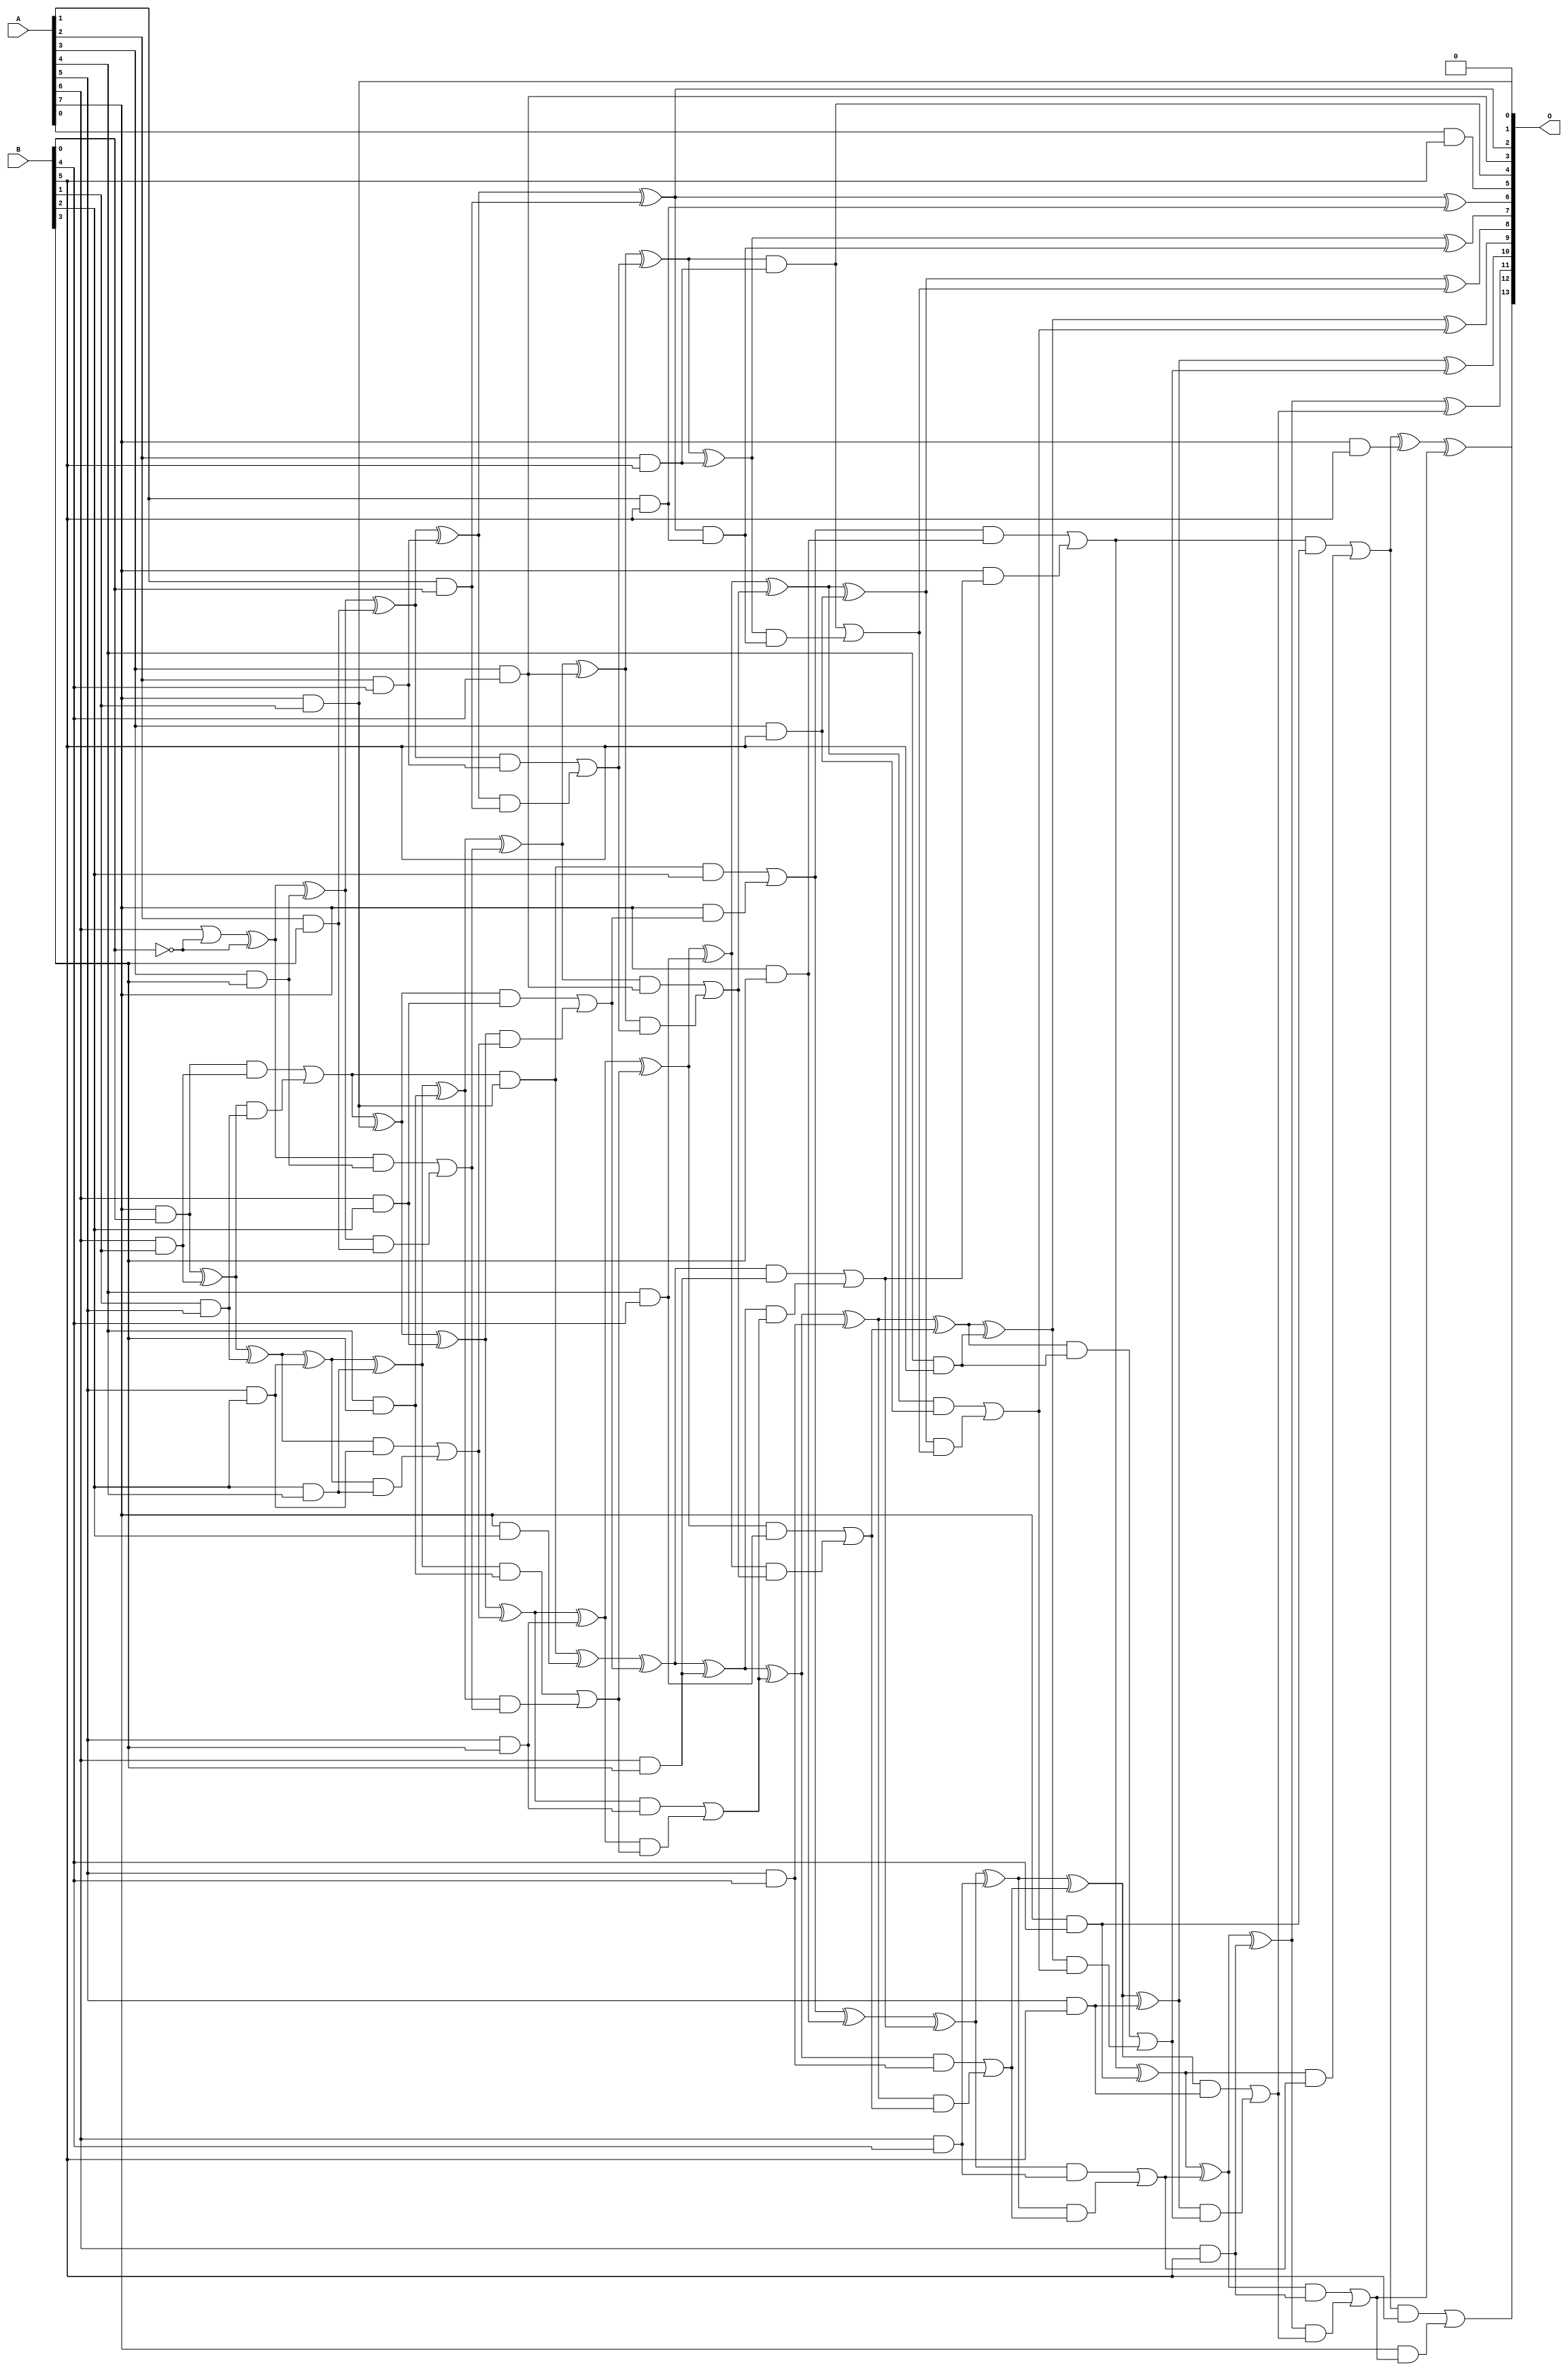
/***
* This code is a part of EvoApproxLib library (ehw.fit.vutbr.cz/approxlib) distributed under The MIT License.
* When used, please cite the following article(s): V. Mrazek, L. Sekanina, Z. Vasicek "Libraries of Approximate Circuits: Automated Design and Application in CNN Accelerators" IEEE Journal on Emerging and Selected Topics in Circuits and Systems, Vol 10, No 4, 2020 
* This file contains a circuit from a sub-set of pareto optimal circuits with respect to the pwr and mae parameters
***/
// MAE% = 0.19 %
// MAE = 32 
// WCE% = 0.77 %
// WCE = 126 
// WCRE% = 3300.00 %
// EP% = 94.54 %
// MRE% = 5.22 %
// MSE = 1597 
// PDK45_PWR = 0.161 mW
// PDK45_AREA = 331.3 um2
// PDK45_DELAY = 1.07 ns

module mul8x6u_5MD (
    A,
    B,
    O
);

input [7:0] A;
input [5:0] B;
output [13:0] O;

wire sig_21,sig_28,sig_29,sig_54,sig_57,sig_58,sig_59,sig_60,sig_61,sig_62,sig_63,sig_68,sig_69,sig_70,sig_71,sig_77,sig_89,sig_92,sig_94,sig_95;
wire sig_96,sig_97,sig_98,sig_99,sig_100,sig_101,sig_102,sig_103,sig_104,sig_105,sig_106,sig_107,sig_108,sig_112,sig_113,sig_114,sig_115,sig_116,sig_126,sig_129;
wire sig_130,sig_131,sig_132,sig_133,sig_134,sig_135,sig_136,sig_137,sig_138,sig_139,sig_140,sig_141,sig_142,sig_143,sig_144,sig_145,sig_146,sig_147,sig_148,sig_149;
wire sig_150,sig_151,sig_152,sig_153,sig_155,sig_156,sig_157,sig_158,sig_159,sig_160,sig_161,sig_169,sig_170,sig_171,sig_172,sig_173,sig_174,sig_175,sig_176,sig_177;
wire sig_178,sig_179,sig_180,sig_181,sig_182,sig_183,sig_184,sig_185,sig_186,sig_187,sig_188,sig_189,sig_190,sig_191,sig_192,sig_193,sig_194,sig_195,sig_196,sig_197;
wire sig_198,sig_199,sig_200,sig_201,sig_202,sig_203,sig_204,sig_205,sig_206,sig_209,sig_210,sig_212,sig_214,sig_215,sig_216,sig_217,sig_218,sig_219,sig_220,sig_221;
wire sig_222,sig_223,sig_224,sig_225,sig_226,sig_227,sig_228,sig_229,sig_230,sig_231,sig_232,sig_233,sig_234,sig_235,sig_236,sig_237,sig_238,sig_240,sig_241,sig_242;
wire sig_243;

assign sig_21 = A[7] & B[0];
assign sig_28 = A[6] & B[1];
assign sig_29 = A[7] & B[1];
assign sig_54 = B[1] & A[5];
assign sig_57 = sig_21 ^ sig_28;
assign sig_58 = sig_21 & sig_28;
assign sig_59 = sig_57 & sig_54;
assign sig_60 = sig_57 ^ sig_54;
assign sig_61 = sig_58 | sig_59;
assign sig_62 = sig_61 & sig_29;
assign sig_63 = sig_61 ^ sig_29;
assign sig_68 = ~B[0];
assign sig_69 = A[5] & B[2];
assign sig_70 = A[6] & B[2];
assign sig_71 = A[7] & B[2];
assign sig_77 = B[2] & A[4];
assign sig_89 = A[6] | sig_68;
assign sig_92 = sig_89 ^ sig_68;
assign sig_94 = sig_60 ^ sig_69;
assign sig_95 = sig_60 & sig_69;
assign sig_96 = sig_94 & sig_77;
assign sig_97 = sig_94 ^ sig_77;
assign sig_98 = sig_95 | sig_96;
assign sig_99 = sig_63 ^ sig_70;
assign sig_100 = sig_63 & sig_70;
assign sig_101 = sig_99 & sig_98;
assign sig_102 = sig_99 ^ sig_98;
assign sig_103 = sig_100 | sig_101;
assign sig_104 = sig_62 ^ sig_71;
assign sig_105 = sig_62 & B[2];
assign sig_106 = A[7] & sig_103;
assign sig_107 = sig_104 ^ sig_103;
assign sig_108 = sig_105 | sig_106;
assign sig_112 = A[3] & B[3];
assign sig_113 = A[4] & B[3];
assign sig_114 = A[5] & B[3];
assign sig_115 = A[6] & B[3];
assign sig_116 = A[7] & B[3];
assign sig_126 = A[2] & B[3];
assign sig_129 = sig_92 ^ sig_112;
assign sig_130 = sig_92 & sig_112;
assign sig_131 = sig_129 & sig_126;
assign sig_132 = sig_129 ^ sig_126;
assign sig_133 = sig_130 | sig_131;
assign sig_134 = sig_97 ^ sig_113;
assign sig_135 = sig_97 & sig_113;
assign sig_136 = sig_134 & sig_133;
assign sig_137 = sig_134 ^ sig_133;
assign sig_138 = sig_135 | sig_136;
assign sig_139 = sig_102 ^ sig_114;
assign sig_140 = sig_102 & sig_114;
assign sig_141 = sig_139 & sig_138;
assign sig_142 = sig_139 ^ sig_138;
assign sig_143 = sig_140 | sig_141;
assign sig_144 = sig_107 ^ sig_115;
assign sig_145 = sig_107 & sig_115;
assign sig_146 = sig_144 & sig_143;
assign sig_147 = sig_144 ^ sig_143;
assign sig_148 = sig_145 | sig_146;
assign sig_149 = sig_108 ^ sig_116;
assign sig_150 = sig_108 & sig_116;
assign sig_151 = A[7] & sig_148;
assign sig_152 = sig_149 ^ sig_148;
assign sig_153 = sig_150 | sig_151;
assign sig_155 = A[1] & B[0];
assign sig_156 = A[2] & B[4];
assign sig_157 = A[3] & B[4];
assign sig_158 = A[4] & B[4];
assign sig_159 = A[5] & B[4];
assign sig_160 = A[6] & B[4];
assign sig_161 = A[7] & B[4];
assign sig_169 = sig_132 ^ sig_156;
assign sig_170 = sig_132 & sig_156;
assign sig_171 = sig_169 & sig_155;
assign sig_172 = sig_169 ^ sig_155;
assign sig_173 = sig_170 | sig_171;
assign sig_174 = sig_137 ^ sig_157;
assign sig_175 = sig_137 & sig_157;
assign sig_176 = sig_174 & sig_173;
assign sig_177 = sig_174 ^ sig_173;
assign sig_178 = sig_175 | sig_176;
assign sig_179 = sig_142 ^ sig_158;
assign sig_180 = sig_142 & sig_158;
assign sig_181 = sig_179 & sig_178;
assign sig_182 = sig_179 ^ sig_178;
assign sig_183 = sig_180 | sig_181;
assign sig_184 = sig_147 ^ sig_159;
assign sig_185 = sig_147 & sig_159;
assign sig_186 = sig_184 & sig_183;
assign sig_187 = sig_184 ^ sig_183;
assign sig_188 = sig_185 | sig_186;
assign sig_189 = sig_152 ^ sig_160;
assign sig_190 = sig_152 & sig_160;
assign sig_191 = sig_189 & sig_188;
assign sig_192 = sig_189 ^ sig_188;
assign sig_193 = sig_190 | sig_191;
assign sig_194 = sig_153 ^ sig_161;
assign sig_195 = sig_153 & sig_161;
assign sig_196 = sig_194 & sig_193;
assign sig_197 = sig_194 ^ sig_193;
assign sig_198 = sig_195 | sig_196;
assign sig_199 = A[0] & B[5];
assign sig_200 = A[1] & B[5];
assign sig_201 = A[2] & B[5];
assign sig_202 = A[3] & B[5];
assign sig_203 = A[4] & B[5];
assign sig_204 = A[5] & B[5];
assign sig_205 = A[6] & B[5];
assign sig_206 = A[7] & B[5];
assign sig_209 = sig_172 ^ sig_200;
assign sig_210 = sig_172 & sig_200;
assign sig_212 = sig_198 ^ sig_206;
assign sig_214 = sig_177 ^ sig_201;
assign sig_215 = sig_177 & sig_201;
assign sig_216 = sig_214 & sig_210;
assign sig_217 = sig_214 ^ sig_210;
assign sig_218 = sig_215 | sig_216;
assign sig_219 = sig_182 ^ sig_202;
assign sig_220 = sig_182 & sig_202;
assign sig_221 = sig_219 & sig_218;
assign sig_222 = sig_219 ^ sig_218;
assign sig_223 = sig_220 | sig_221;
assign sig_224 = sig_187 ^ sig_203;
assign sig_225 = sig_187 & sig_203;
assign sig_226 = sig_224 & sig_223;
assign sig_227 = sig_224 ^ sig_223;
assign sig_228 = sig_225 | sig_226;
assign sig_229 = sig_192 ^ sig_204;
assign sig_230 = sig_192 & sig_204;
assign sig_231 = sig_229 & sig_228;
assign sig_232 = sig_229 ^ sig_228;
assign sig_233 = sig_230 | sig_231;
assign sig_234 = sig_197 ^ sig_205;
assign sig_235 = sig_197 & sig_205;
assign sig_236 = sig_234 & sig_233;
assign sig_237 = sig_234 ^ sig_233;
assign sig_238 = sig_235 | sig_236;
assign sig_240 = sig_198 & B[5];
assign sig_241 = A[7] & sig_238;
assign sig_242 = sig_212 ^ sig_238;
assign sig_243 = sig_240 | sig_241;

assign O[13] = sig_243;
assign O[12] = sig_242;
assign O[11] = sig_237;
assign O[10] = sig_232;
assign O[9] = sig_227;
assign O[8] = sig_222;
assign O[7] = sig_217;
assign O[6] = sig_209;
assign O[5] = sig_199;
assign O[4] = sig_215;
assign O[3] = sig_157;
assign O[2] = sig_172;
assign O[1] = 1'b0;
assign O[0] = sig_29;

endmodule